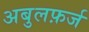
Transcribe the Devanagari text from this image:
अबुलफ़र्ज